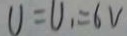
U = U _ { 1 } = 6 V